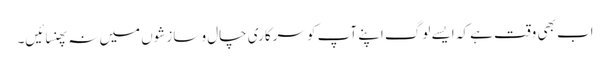
اب بھی وقت ہے کہ ایسے لوگ اپنے آپ کو سرکاری چال و سازشوں میں نہ پھنسائیں۔